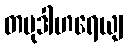
တမုဒါဟရေယျ